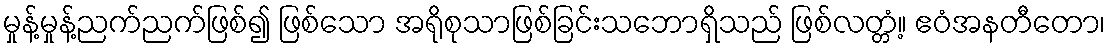
မှုန့်မှုန့်ညက်ညက်ဖြစ်၍ ဖြစ်သော အရိုစုသာဖြစ်ခြင်းသဘောရှိသည် ဖြစ်လတ္တံ့။ ဧဝံအနတီတော၊